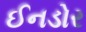
ઈનડોર